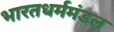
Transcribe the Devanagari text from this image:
भारतधर्ममंडल